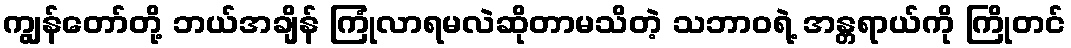
ကျွန်တော်တို့ ဘယ်အချိန် ကြုံလာရမလဲဆိုတာမသိတဲ့ သဘာဝရဲ့ အန္တရာယ်ကို ကြိုတင်